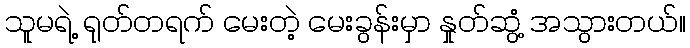
သူမရဲ့ ရုတ်တရက် မေးတဲ့ မေးခွန်းမှာ နှုတ်ဆွံ့ အသွားတယ်။